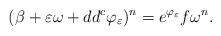
LaTeX: \begin{align*}(\beta + \varepsilon \omega + dd^c \varphi_\varepsilon)^n = e^{\varphi_\varepsilon} f \omega^n.\end{align*}